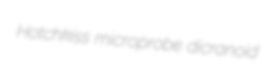
Hotchkiss microprobe dicranoid